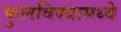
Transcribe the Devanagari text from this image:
फुलविण्यामध्ये